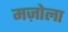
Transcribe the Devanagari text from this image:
मज़ोला